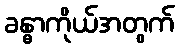
ခန္ဓာကိုယ်အတွက်